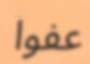
عفوا